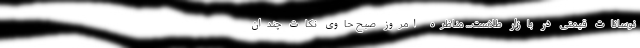
نوسانات قیمتی در بازار طلاست... مناظره امروز صبح حاوی نکات چندان